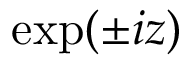
\exp ( \pm i z )